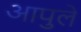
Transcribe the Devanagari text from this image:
आपुलें